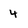
Character: 4